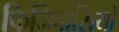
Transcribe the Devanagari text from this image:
फिजिवासियों